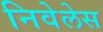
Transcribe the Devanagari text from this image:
निवेलेस